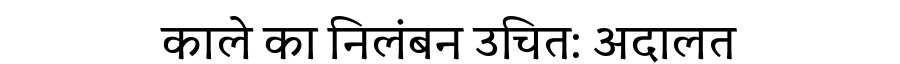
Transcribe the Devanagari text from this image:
काले का निलंबन उचित: अदालत